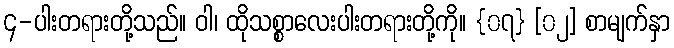
၄-ပါးတရားတို့သည်။ ဝါ၊ ထိုသစ္စာလေးပါးတရားတို့ကို။ {၀၇} [၀၂] စာမျက်နှာ